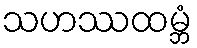
သဟဿထမ္ဘံ